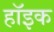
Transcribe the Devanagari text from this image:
हॉइक